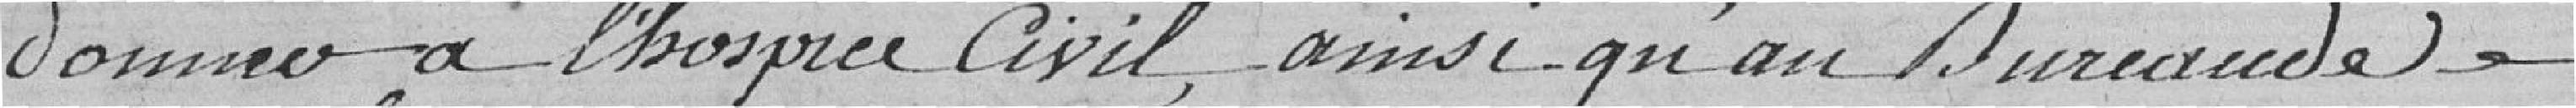
donnera à l'hospice civil, ainsi qu'au bureau de